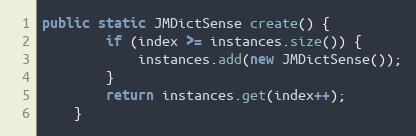
Language: Java
public static JMDictSense create() {
		if (index >= instances.size()) {
			instances.add(new JMDictSense());
		}
		return instances.get(index++);
	}